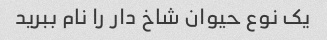
یک نوع حیوان شاخ دار را نام ببرید